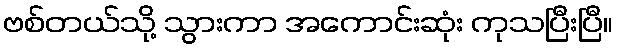
ဗစ်တယ်သို့ သွားကာ အကောင်းဆုံး ကုသပြီးပြီ။